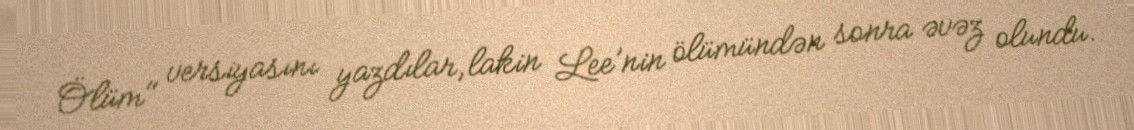
Ölüm" versiyasını yazdılar, lakin Lee’nin ölümündən sonra əvəz olundu.